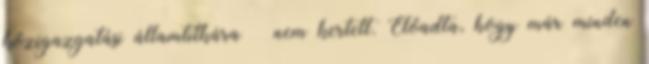
közigazgatási államtitkára – nem kertelt. Előadta, hogy már minden